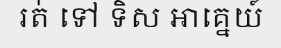
រត់ ទៅ ទិស អាគ្នេយ៍